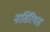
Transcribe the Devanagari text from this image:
नासिरियाह